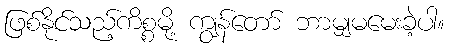
ဖြစ်နိုင်သည့်ကိစ္စမို့ ကျွန်တော် ဘာမျှမမေးခဲ့ပါ။